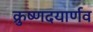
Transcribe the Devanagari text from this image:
क्रुष्णदयार्णव